Civil Veterinary Department. Madras. Admin. report 1926-33 - 1926-1933
Year: 1926
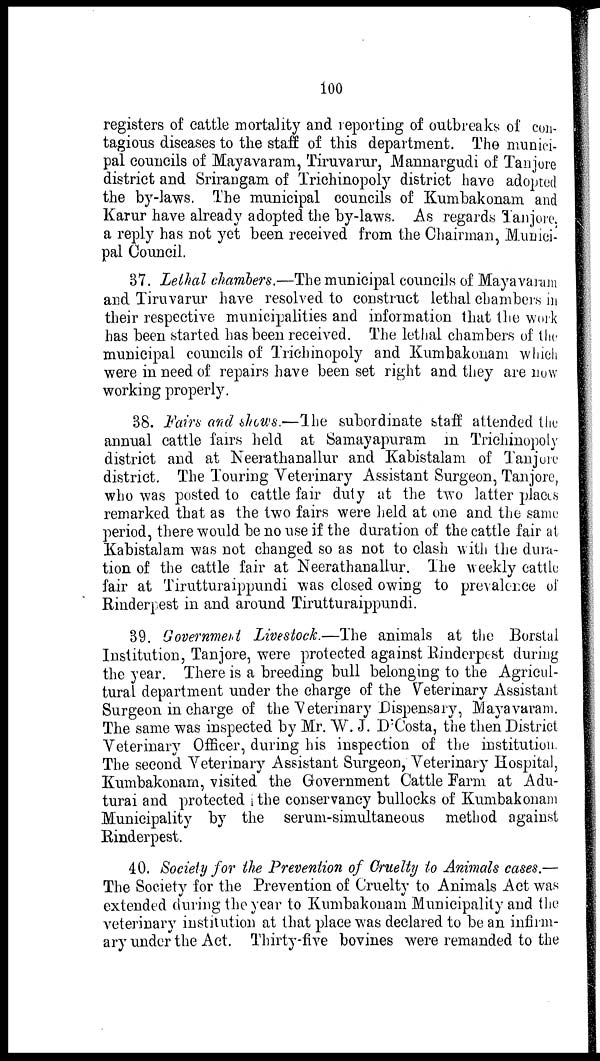
100
registers of cattle mortality and reporting of outbreaks of con-
tagious diseases to the staff of this department. The munici-
pal councils of Mayavaram, Tiruvarur, Mannargudi of Tanjore
district and Srirangam of Trichinopoly district have adopted
the by-laws. The municipal councils of Kumbakonam. and
Karur have already adopted the by-laws. As regards Tanjore.
a reply has not yet been received from the Chairman, Munici-
pal Council.
37. Lethal chambers.—The municipal councils of Mayavaram
and Tiruvarur have resolved to construct lethal chambers in
their respective municipalities and information that the work
has been started has been received. The lethal chambers of the
municipal councils of Trichinopoly and Kumbakonam which
were in need of repairs have been set right and they are now
working properly.
38. Fairs and shows.—The subordinate staff attended the
annual cattle fairs held at Samayapuram in Trichinopoly
district and at Neerathanallur and Kabistalam of Tanjore
district. The Touring Veterinary Assistant Surgeon, Tanjore,
who was posted to cattle fair duty at the two latter places
remarked that as the two fairs were held at one and the same
period, there would be no use if the duration of the cattle fair at
Kabistalam was not changed so as not to clash with the dura-
tion of the cattle fair at Neerathanallur. The weekly cattle
fair at Tirutturaippundi was closed owing to prevalence of
Rinderpest in and around Tirutturaippundi.
39. Government Livestock.—The animals at the Borstal
Institution, Tanjore, were protected against Rinderpest during
the year. There is a breeding bull belonging to the Agricul-
tural department under the charge of the Veterinary Assistant
Surgeon in charge of the Veterinary Dispensary, Mayavaram.
The same was inspected by Mr. W. J. D'Costa, the then District
Veterinary Officer, during his inspection of the institution.
The second Veterinary Assistant Surgeon, Veterinary Hospital,
Kumbakonam, visited the Government Cattle Farm at Adu-
turai and protected 1 the conservancy bullocks of Kumbakonam
Municipality by the serum-simultaneous method against
Rinderpest.
40. Society for the Prevention of Cruelty to Animals cases.—
The Society for the Prevention of Cruelty to Animals Act was
extended during the year to Kumbakonam Municipality and the
veterinary institution at that place was declared to be an infirm-
ary under the Act. Thirty-five bovines were remanded to the